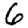
Digit: 6